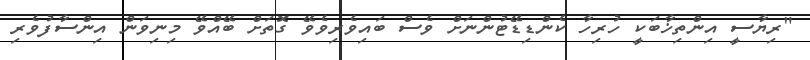
"ރިޔާސީ އިންތިޚާބަކީ ހުރިހާ ކެންޑިޑޭޓުންނަށް ވެސް ބައިވެރިވެވޭ ގޮތަށް ބޭއްވޭ މިނިވަން އިންސާފުވެރި